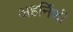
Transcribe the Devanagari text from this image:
अहर्निशी